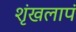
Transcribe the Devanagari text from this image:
शृंखलापं